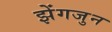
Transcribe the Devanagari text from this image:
झेंगजुन